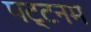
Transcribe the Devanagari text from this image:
पट्टनम